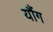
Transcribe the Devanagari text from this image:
यौंग